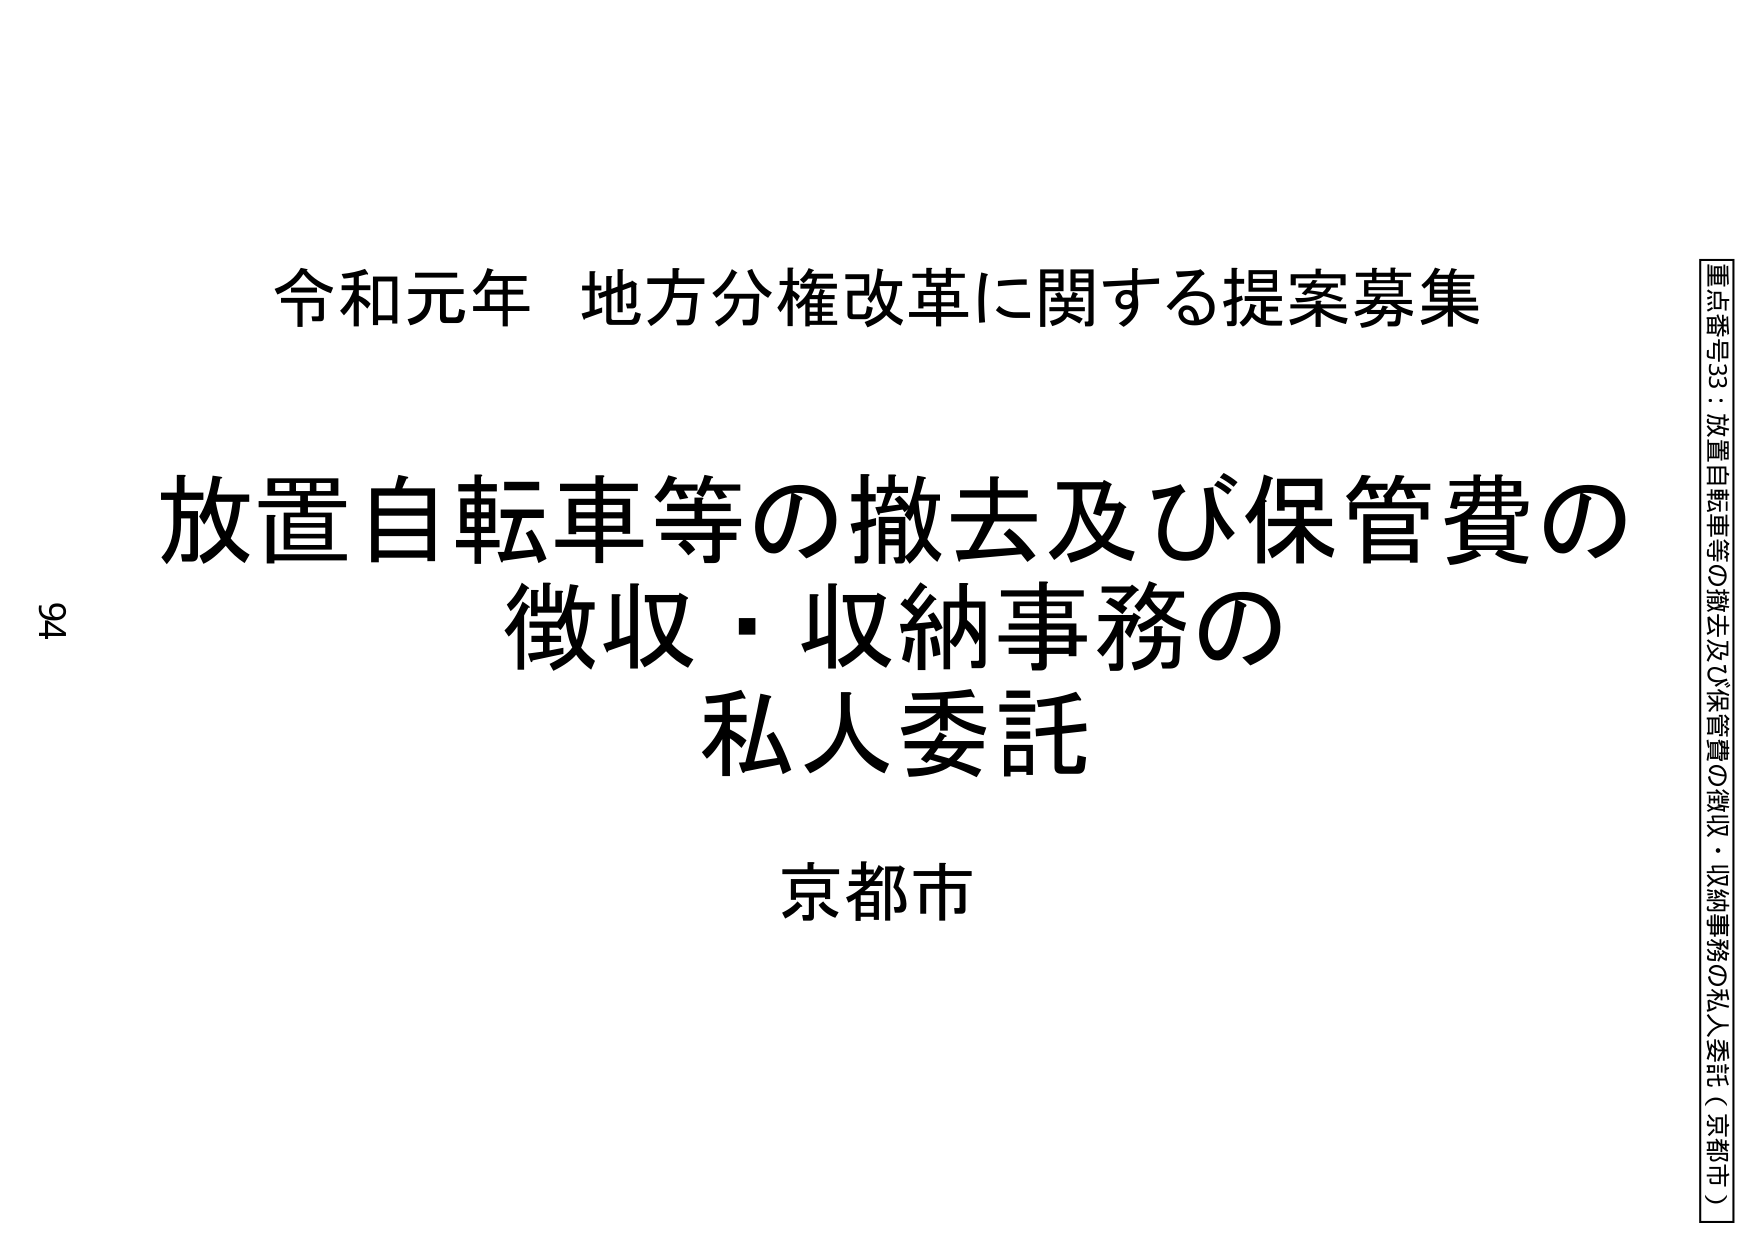
令和元年 地方分権改革に関する提案募集

放置自転車等の撤去及び保管費の
徴収・収納事務の
私人委託

京都市

94

重点番号33：放置自転車等の撤去及び保管費の徴収・収納事務の私人委託（京都市）